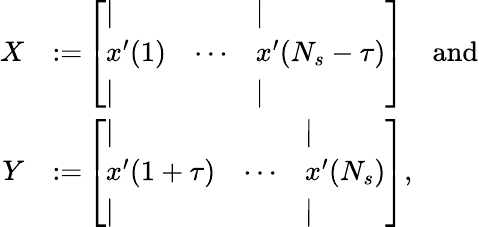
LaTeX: \begin{array}{rl}{X}&{{:=}\left[\begin{array}{lll}{\vert}&&{\vert}\\ {x^{\prime}(1)}&{\cdots}&{x^{\prime}(N_{s}-\tau)}\\ {\vert}&&{\vert}\end{array}\right]\quad\mathrm{and}}\\ {Y}&{{:=}\left[\begin{array}{lll}{\vert}&&{\vert}\\ {x^{\prime}(1+\tau)}&{\cdots}&{x^{\prime}(N_{s})}\\ {\vert}&&{\vert}\end{array}\right],}\end{array}